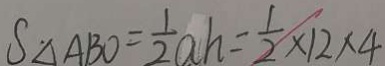
S _ { \Delta } A B O = \frac { 1 } { 2 } a h = \frac { 1 } { 2 } \times 1 2 \times 4